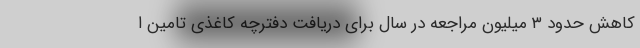
کاهش حدود ۳ میلیون مراجعه در سال برای دریافت دفترچه کاغذی تامین ا